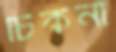
চিকনা